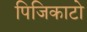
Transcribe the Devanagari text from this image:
पिजिकाटो